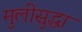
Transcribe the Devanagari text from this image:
मुलीसुद्धा